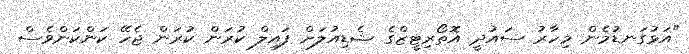
"އަޅުގަނޑުމެން މިހާރު ސައުދީ އޮތޯރިޓީޒްގެ ޝެޑިއުލަށް ފައިލް ކުރަން ކުރަން ޖެހޭ ކަންކަންވެސް